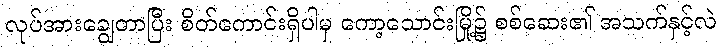
လုပ်အားချွေတာပြီး စိတ်ကောင်းရှိပါမှ ကော့သောင်းမြို့၌ စစ်ဆေး၏ အသက်နှင့်လဲ